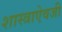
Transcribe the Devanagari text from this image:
शास्त्राऐवजी